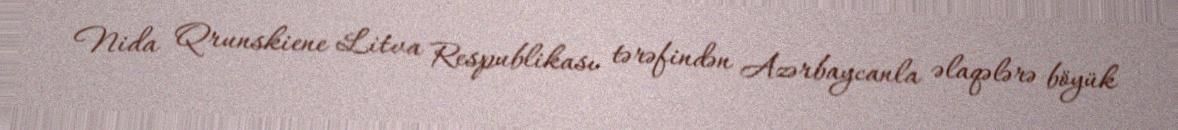
Nida Qrunskiene Litva Respublikası tərəfindən Azərbaycanla əlaqələrə böyük